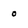
Character: o